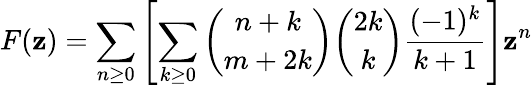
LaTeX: F(\mathbf{z})=\sum_{n\geq0}{\left[\sum_{k\geq0}{{\binom{n+k}{m+2k}}{\binom{2k}{k}}{\frac{{(-1)^{k}}}{{k+1}}}}\right]}\mathbf{z}^{n}